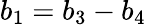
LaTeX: b_{1}=b_{3}-b_{4}